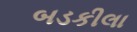
બડકીલા